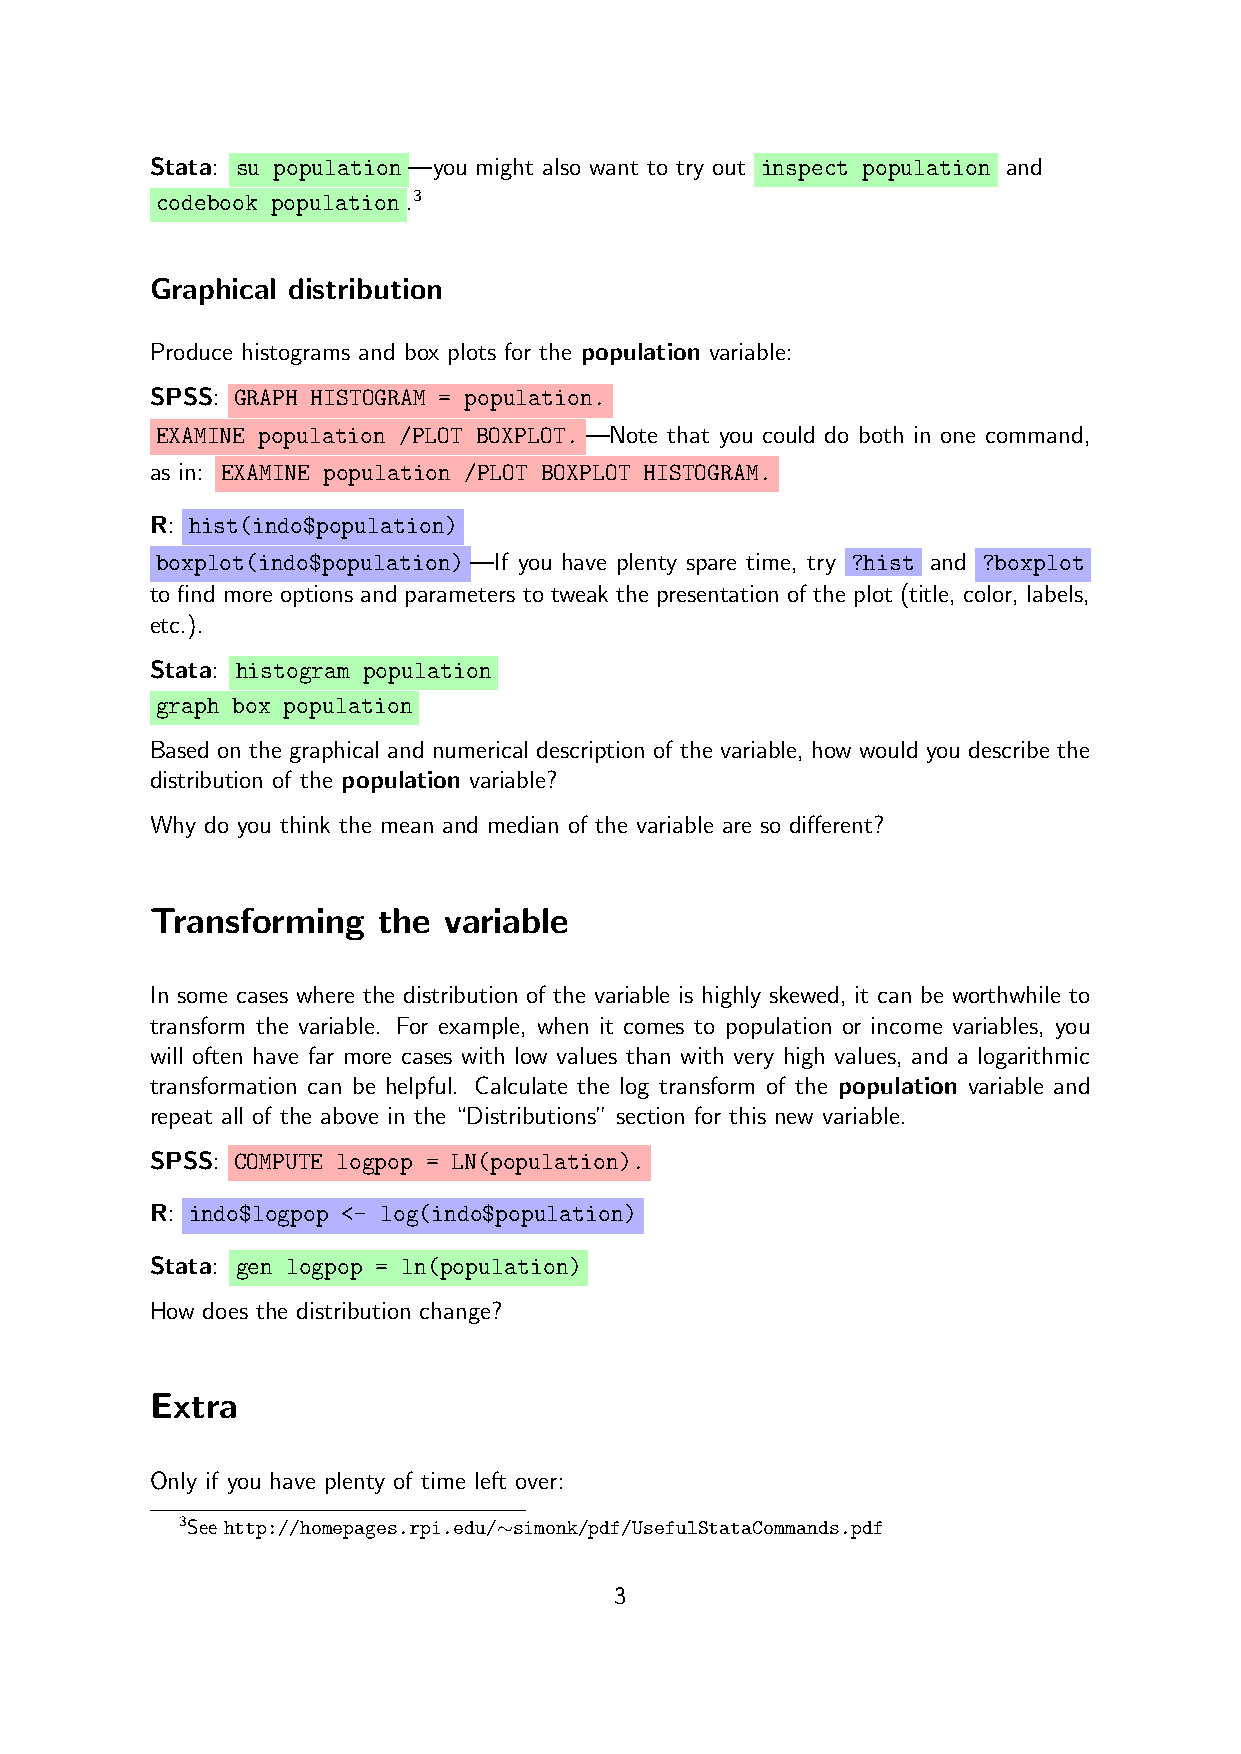
Stata: su population—you might also want to try out inspect population and
 codebook population.3
 Graphical distribution
 Produce histograms and box plots for the population variable:
 SPSS: GRAPH HISTOGRAM = population.
 EXAMINE population /PLOT BOXPLOT.—Note that you could do both in one command,
 as in: EXAMINE population /PLOT BOXPLOT HISTOGRAM.
 R: hist(indo$population)
 boxplot(indo$population)—If you have plenty spare time, try ?hist and ?boxplot
 to find more options and parameters to tweak the presentation of the plot (title, color, labels,
 etc.).
 Stata: histogram population
 graph box population
 Based on the graphical and numerical description of the variable, how would you describe the
 distribution of the population variable?
 Why do you think the mean and median of the variable are so different?
 Transforming   the variable
 In some cases where the distribution of the variable is highly skewed, it can be worthwhile to
 transform the variable. For example, when it comes to population or income variables, you
 will often have far more cases with low values than with very high values, and a logarithmic
 transformation can be helpful. Calculate the log transform of the population variable and
 repeat all of the above in the “Distributions” section for this new variable.
 SPSS: COMPUTE logpop = LN(population).
 R: indo$logpop <- log(indo$population)
 Stata: gen logpop = ln(population)
 How does the distribution change?
 Extra
 Only if you have plenty of time left over:
 3See http://homepages.rpi.edu/∼simonk/pdf/UsefulStataCommands.pdf
 3